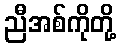
ညီအစ်ကိုတို့